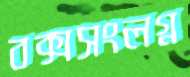
বক্সসংলগ্ন